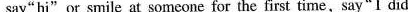
say"hi"or smile at someone for the first time,say"I did